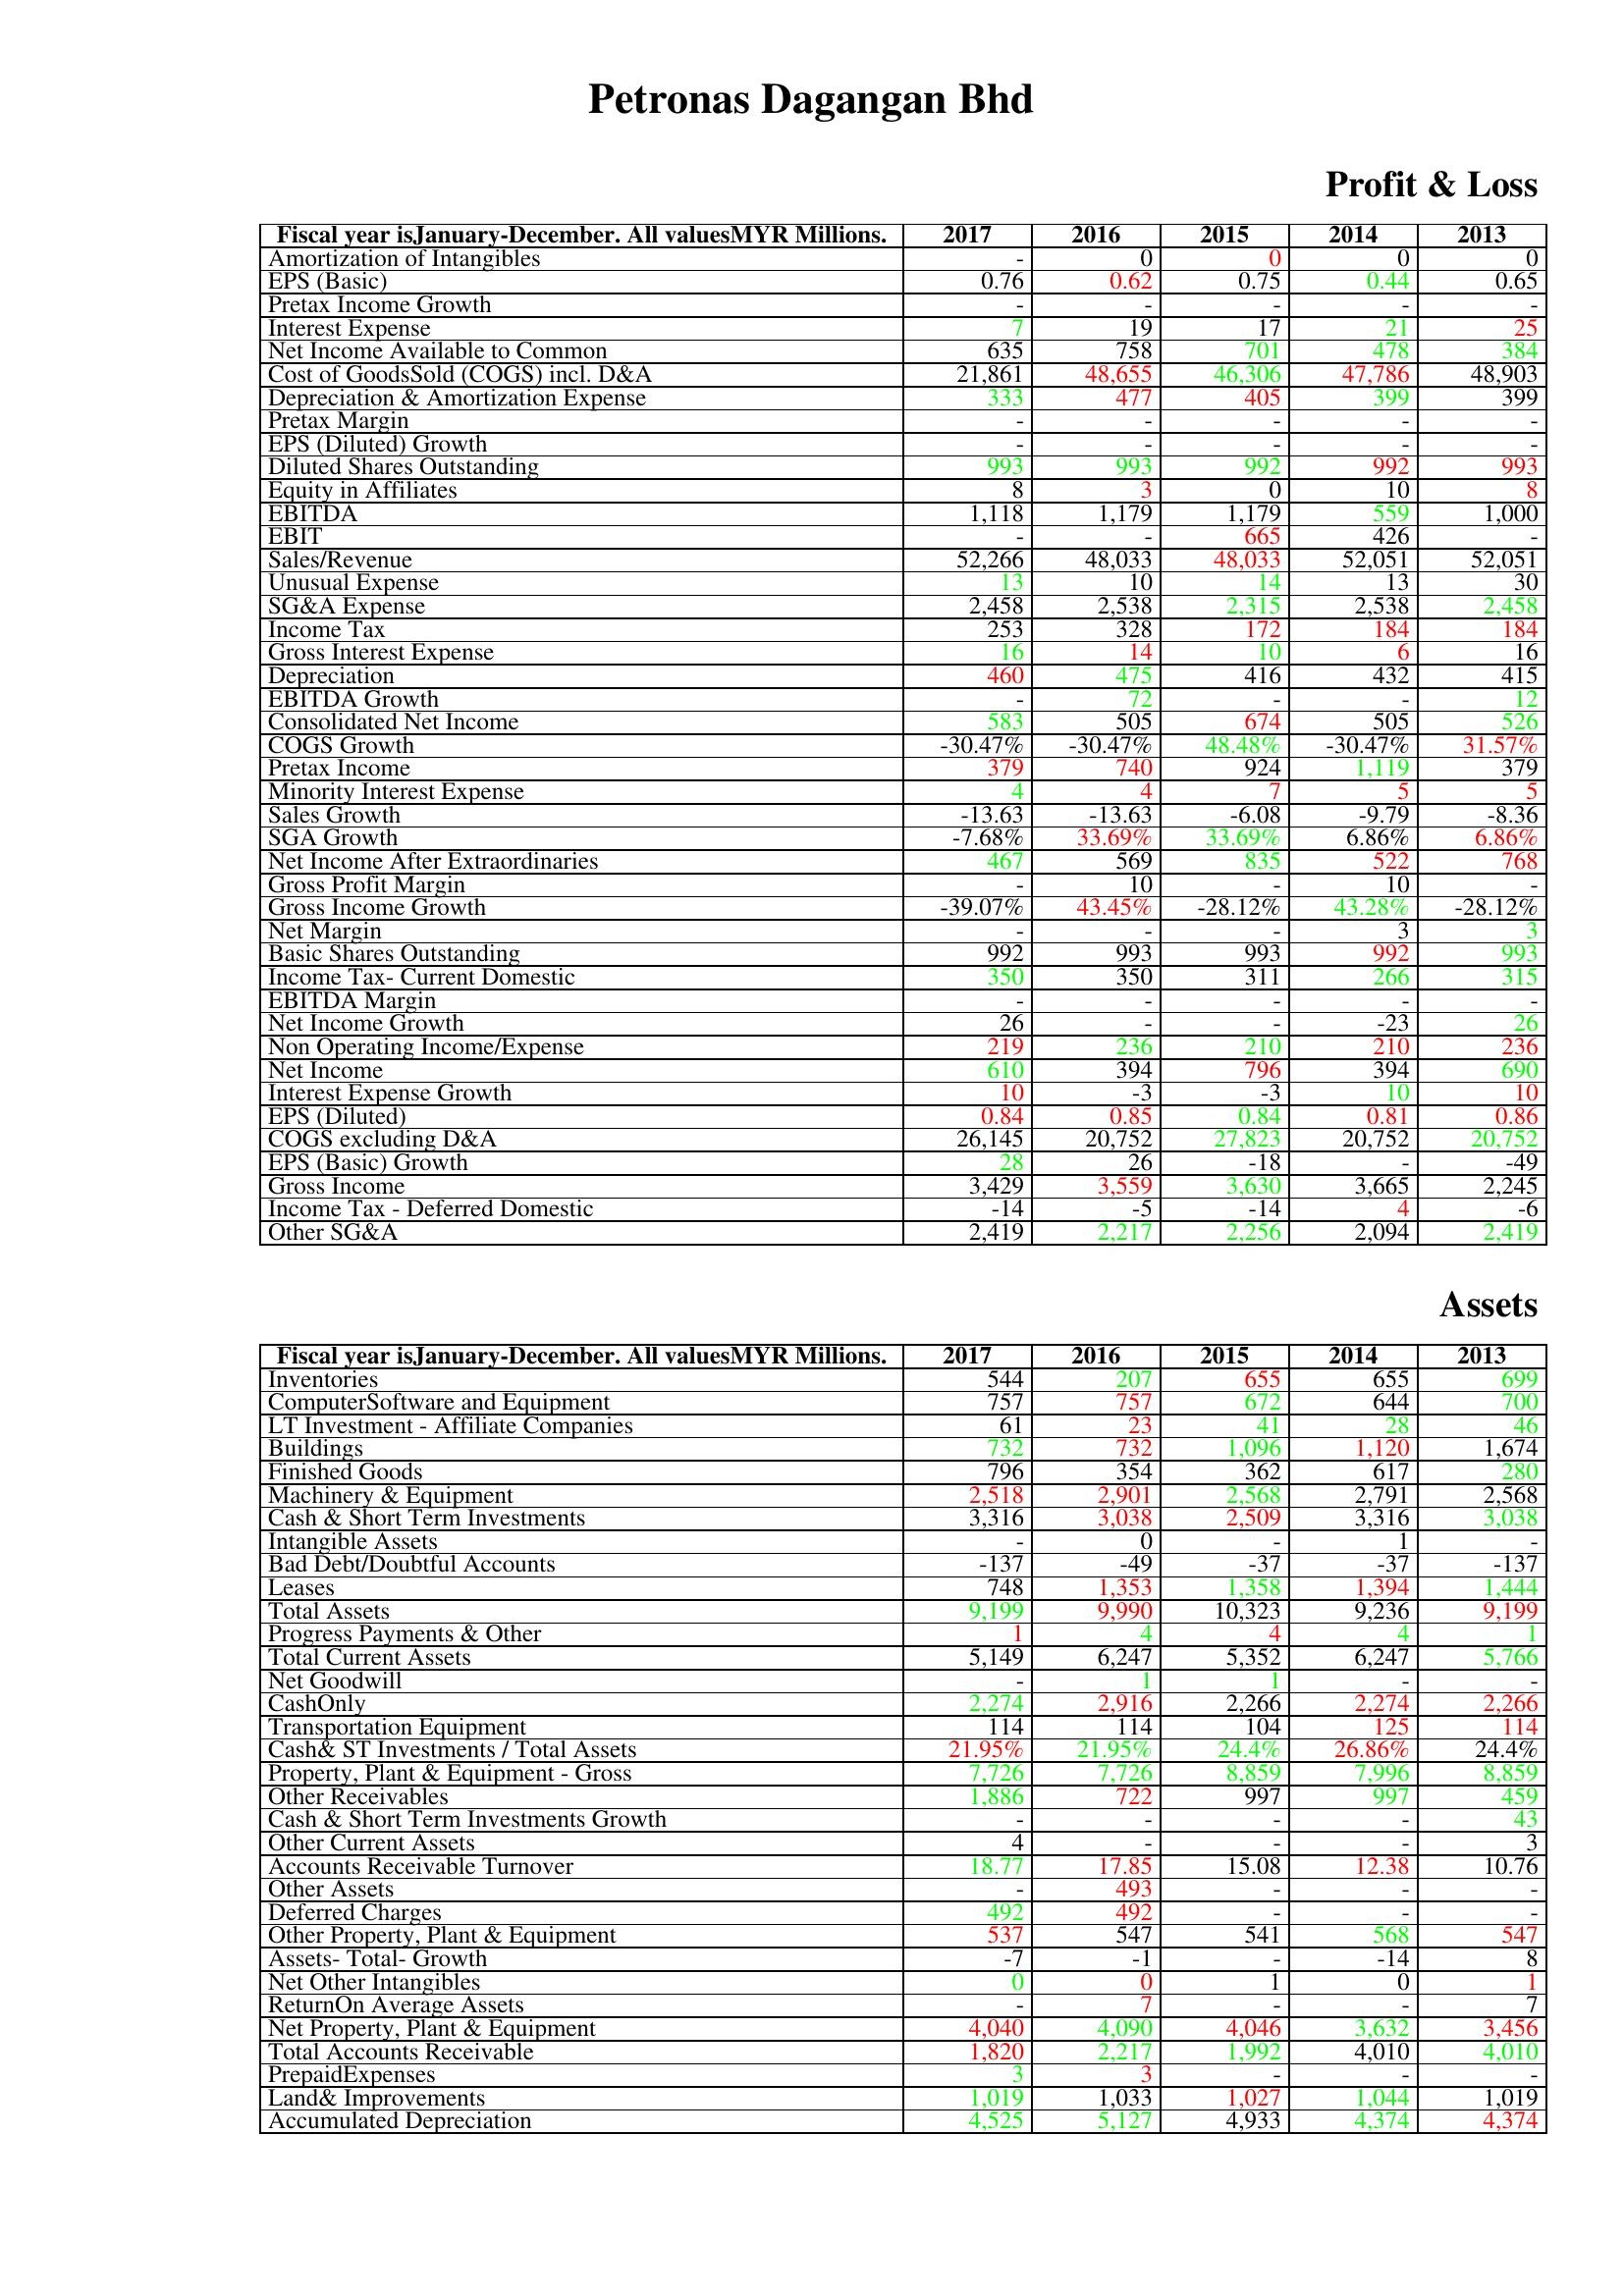
gt_parse: 2017: Profit & Loss: Amortization of Intangibles: -
EPS (Basic): 0.76
Pretax Income Growth: -
Interest Expense: 7
Net Income Available to Common: 635
Cost of GoodsSold (COGS) incl. D&A: 21,861
Depreciation & Amortization Expense: 333
Pretax Margin: -
EPS (Diluted) Growth: -
Diluted Shares Outstanding: 993
Equity in Affiliates: 8
EBITDA: 1,118
EBIT: -
Sales/Revenue: 52,266
Unusual Expense: 13
SG&A Expense: 2,458
Income Tax: 253
Gross Interest Expense: 16
Depreciation: 460
EBITDA Growth: -
Consolidated Net Income: 583
COGS Growth: -30.47%
Pretax Income: 379
Minority Interest Expense: 4
Sales Growth: -13.63
SGA Growth: -7.68%
Net Income After Extraordinaries: 467
Gross Profit Margin: -
Gross Income Growth: -39.07%
Net Margin: -
Basic Shares Outstanding: 992
Income Tax- Current Domestic: 350
EBITDA Margin: -
Net Income Growth: 26
Non Operating Income/Expense: 219
Net Income: 610
Interest Expense Growth: 10
EPS (Diluted): 0.84
COGS excluding D&A: 26,145
EPS (Basic) Growth: 28
Gross Income: 3,429
Income Tax - Deferred Domestic: -14
Other SG&A: 2,419
Assets: Inventories: 544
ComputerSoftware and Equipment: 757
LT Investment - Affiliate Companies: 61
Buildings: 732
Finished Goods: 796
Machinery & Equipment: 2,518
Cash & Short Term Investments: 3,316
Intangible Assets: -
Bad Debt/Doubtful Accounts: -137
Leases: 748
Total Assets: 9,199
Progress Payments & Other: 1
Total Current Assets: 5,149
Net Goodwill: -
CashOnly: 2,274
Transportation Equipment: 114
Cash& ST Investments / Total Assets: 21.95%
Property, Plant & Equipment - Gross : 7,726
Other Receivables: 1,886
Cash & Short Term Investments Growth: -
Other Current Assets: 4
Accounts Receivable Turnover: 18.77
Other Assets: -
Deferred Charges: 492
Other Property, Plant & Equipment: 537
Assets- Total- Growth: -7
Net Other Intangibles: 0
ReturnOn Average Assets: -
Net Property, Plant & Equipment: 4,040
Total Accounts Receivable: 1,820
PrepaidExpenses: 3
Land& Improvements: 1,019
Accumulated Depreciation: 4,525
2016: Profit & Loss: Amortization of Intangibles: 0
EPS (Basic): 0.62
Pretax Income Growth: -
Interest Expense: 19
Net Income Available to Common: 758
Cost of GoodsSold (COGS) incl. D&A: 48,655
Depreciation & Amortization Expense: 477
Pretax Margin: -
EPS (Diluted) Growth: -
Diluted Shares Outstanding: 993
Equity in Affiliates: 3
EBITDA: 1,179
EBIT: -
Sales/Revenue: 48,033
Unusual Expense: 10
SG&A Expense: 2,538
Income Tax: 328
Gross Interest Expense: 14
Depreciation: 475
EBITDA Growth: 72
Consolidated Net Income: 505
COGS Growth: -30.47%
Pretax Income: 740
Minority Interest Expense: 4
Sales Growth: -13.63
SGA Growth: 33.69%
Net Income After Extraordinaries: 569
Gross Profit Margin: 10
Gross Income Growth: 43.45%
Net Margin: -
Basic Shares Outstanding: 993
Income Tax- Current Domestic: 350
EBITDA Margin: -
Net Income Growth: -
Non Operating Income/Expense: 236
Net Income: 394
Interest Expense Growth: -3
EPS (Diluted): 0.85
COGS excluding D&A: 20,752
EPS (Basic) Growth: 26
Gross Income: 3,559
Income Tax - Deferred Domestic: -5
Other SG&A: 2,217
Assets: Inventories: 207
ComputerSoftware and Equipment: 757
LT Investment - Affiliate Companies: 23
Buildings: 732
Finished Goods: 354
Machinery & Equipment: 2,901
Cash & Short Term Investments: 3,038
Intangible Assets: 0
Bad Debt/Doubtful Accounts: -49
Leases: 1,353
Total Assets: 9,990
Progress Payments & Other: 4
Total Current Assets: 6,247
Net Goodwill: 1
CashOnly: 2,916
Transportation Equipment: 114
Cash& ST Investments / Total Assets: 21.95%
Property, Plant & Equipment - Gross : 7,726
Other Receivables: 722
Cash & Short Term Investments Growth: -
Other Current Assets: -
Accounts Receivable Turnover: 17.85
Other Assets: 493
Deferred Charges: 492
Other Property, Plant & Equipment: 547
Assets- Total- Growth: -1
Net Other Intangibles: 0
ReturnOn Average Assets: 7
Net Property, Plant & Equipment: 4,090
Total Accounts Receivable: 2,217
PrepaidExpenses: 3
Land& Improvements: 1,033
Accumulated Depreciation: 5,127
2015: Profit & Loss: Amortization of Intangibles: 0
EPS (Basic): 0.75
Pretax Income Growth: -
Interest Expense: 17
Net Income Available to Common: 701
Cost of GoodsSold (COGS) incl. D&A: 46,306
Depreciation & Amortization Expense: 405
Pretax Margin: -
EPS (Diluted) Growth: -
Diluted Shares Outstanding: 992
Equity in Affiliates: 0
EBITDA: 1,179
EBIT: 665
Sales/Revenue: 48,033
Unusual Expense: 14
SG&A Expense: 2,315
Income Tax: 172
Gross Interest Expense: 10
Depreciation: 416
EBITDA Growth: -
Consolidated Net Income: 674
COGS Growth: 48.48%
Pretax Income: 924
Minority Interest Expense: 7
Sales Growth: -6.08
SGA Growth: 33.69%
Net Income After Extraordinaries: 835
Gross Profit Margin: -
Gross Income Growth: -28.12%
Net Margin: -
Basic Shares Outstanding: 993
Income Tax- Current Domestic: 311
EBITDA Margin: -
Net Income Growth: -
Non Operating Income/Expense: 210
Net Income: 796
Interest Expense Growth: -3
EPS (Diluted): 0.84
COGS excluding D&A: 27,823
EPS (Basic) Growth: -18
Gross Income: 3,630
Income Tax - Deferred Domestic: -14
Other SG&A: 2,256
Assets: Inventories: 655
ComputerSoftware and Equipment: 672
LT Investment - Affiliate Companies: 41
Buildings: 1,096
Finished Goods: 362
Machinery & Equipment: 2,568
Cash & Short Term Investments: 2,509
Intangible Assets: -
Bad Debt/Doubtful Accounts: -37
Leases: 1,358
Total Assets: 10,323
Progress Payments & Other: 4
Total Current Assets: 5,352
Net Goodwill: 1
CashOnly: 2,266
Transportation Equipment: 104
Cash& ST Investments / Total Assets: 24.4%
Property, Plant & Equipment - Gross : 8,859
Other Receivables: 997
Cash & Short Term Investments Growth: -
Other Current Assets: -
Accounts Receivable Turnover: 15.08
Other Assets: -
Deferred Charges: -
Other Property, Plant & Equipment: 541
Assets- Total- Growth: -
Net Other Intangibles: 1
ReturnOn Average Assets: -
Net Property, Plant & Equipment: 4,046
Total Accounts Receivable: 1,992
PrepaidExpenses: -
Land& Improvements: 1,027
Accumulated Depreciation: 4,933
2014: Profit & Loss: Amortization of Intangibles: 0
EPS (Basic): 0.44
Pretax Income Growth: -
Interest Expense: 21
Net Income Available to Common: 478
Cost of GoodsSold (COGS) incl. D&A: 47,786
Depreciation & Amortization Expense: 399
Pretax Margin: -
EPS (Diluted) Growth: -
Diluted Shares Outstanding: 992
Equity in Affiliates: 10
EBITDA: 559
EBIT: 426
Sales/Revenue: 52,051
Unusual Expense: 13
SG&A Expense: 2,538
Income Tax: 184
Gross Interest Expense: 6
Depreciation: 432
EBITDA Growth: -
Consolidated Net Income: 505
COGS Growth: -30.47%
Pretax Income: 1,119
Minority Interest Expense: 5
Sales Growth: -9.79
SGA Growth: 6.86%
Net Income After Extraordinaries: 522
Gross Profit Margin: 10
Gross Income Growth: 43.28%
Net Margin: 3
Basic Shares Outstanding: 992
Income Tax- Current Domestic: 266
EBITDA Margin: -
Net Income Growth: -23
Non Operating Income/Expense: 210
Net Income: 394
Interest Expense Growth: 10
EPS (Diluted): 0.81
COGS excluding D&A: 20,752
EPS (Basic) Growth: -
Gross Income: 3,665
Income Tax - Deferred Domestic: 4
Other SG&A: 2,094
Assets: Inventories: 655
ComputerSoftware and Equipment: 644
LT Investment - Affiliate Companies: 28
Buildings: 1,120
Finished Goods: 617
Machinery & Equipment: 2,791
Cash & Short Term Investments: 3,316
Intangible Assets: 1
Bad Debt/Doubtful Accounts: -37
Leases: 1,394
Total Assets: 9,236
Progress Payments & Other: 4
Total Current Assets: 6,247
Net Goodwill: -
CashOnly: 2,274
Transportation Equipment: 125
Cash& ST Investments / Total Assets: 26.86%
Property, Plant & Equipment - Gross : 7,996
Other Receivables: 997
Cash & Short Term Investments Growth: -
Other Current Assets: -
Accounts Receivable Turnover: 12.38
Other Assets: -
Deferred Charges: -
Other Property, Plant & Equipment: 568
Assets- Total- Growth: -14
Net Other Intangibles: 0
ReturnOn Average Assets: -
Net Property, Plant & Equipment: 3,632
Total Accounts Receivable: 4,010
PrepaidExpenses: -
Land& Improvements: 1,044
Accumulated Depreciation: 4,374
2013: Profit & Loss: Amortization of Intangibles: 0
EPS (Basic): 0.65
Pretax Income Growth: -
Interest Expense: 25
Net Income Available to Common: 384
Cost of GoodsSold (COGS) incl. D&A: 48,903
Depreciation & Amortization Expense: 399
Pretax Margin: -
EPS (Diluted) Growth: -
Diluted Shares Outstanding: 993
Equity in Affiliates: 8
EBITDA: 1,000
EBIT: -
Sales/Revenue: 52,051
Unusual Expense: 30
SG&A Expense: 2,458
Income Tax: 184
Gross Interest Expense: 16
Depreciation: 415
EBITDA Growth: 12
Consolidated Net Income: 526
COGS Growth: 31.57%
Pretax Income: 379
Minority Interest Expense: 5
Sales Growth: -8.36
SGA Growth: 6.86%
Net Income After Extraordinaries: 768
Gross Profit Margin: -
Gross Income Growth: -28.12%
Net Margin: 3
Basic Shares Outstanding: 993
Income Tax- Current Domestic: 315
EBITDA Margin: -
Net Income Growth: 26
Non Operating Income/Expense: 236
Net Income: 690
Interest Expense Growth: 10
EPS (Diluted): 0.86
COGS excluding D&A: 20,752
EPS (Basic) Growth: -49
Gross Income: 2,245
Income Tax - Deferred Domestic: -6
Other SG&A: 2,419
Assets: Inventories: 699
ComputerSoftware and Equipment: 700
LT Investment - Affiliate Companies: 46
Buildings: 1,674
Finished Goods: 280
Machinery & Equipment: 2,568
Cash & Short Term Investments: 3,038
Intangible Assets: -
Bad Debt/Doubtful Accounts: -137
Leases: 1,444
Total Assets: 9,199
Progress Payments & Other: 1
Total Current Assets: 5,766
Net Goodwill: -
CashOnly: 2,266
Transportation Equipment: 114
Cash& ST Investments / Total Assets: 24.4%
Property, Plant & Equipment - Gross : 8,859
Other Receivables: 459
Cash & Short Term Investments Growth: 43
Other Current Assets: 3
Accounts Receivable Turnover: 10.76
Other Assets: -
Deferred Charges: -
Other Property, Plant & Equipment: 547
Assets- Total- Growth: 8
Net Other Intangibles: 1
ReturnOn Average Assets: 7
Net Property, Plant & Equipment: 3,456
Total Accounts Receivable: 4,010
PrepaidExpenses: -
Land& Improvements: 1,019
Accumulated Depreciation: 4,374